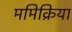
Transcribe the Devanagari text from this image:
ममिक्रिया